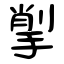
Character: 揱